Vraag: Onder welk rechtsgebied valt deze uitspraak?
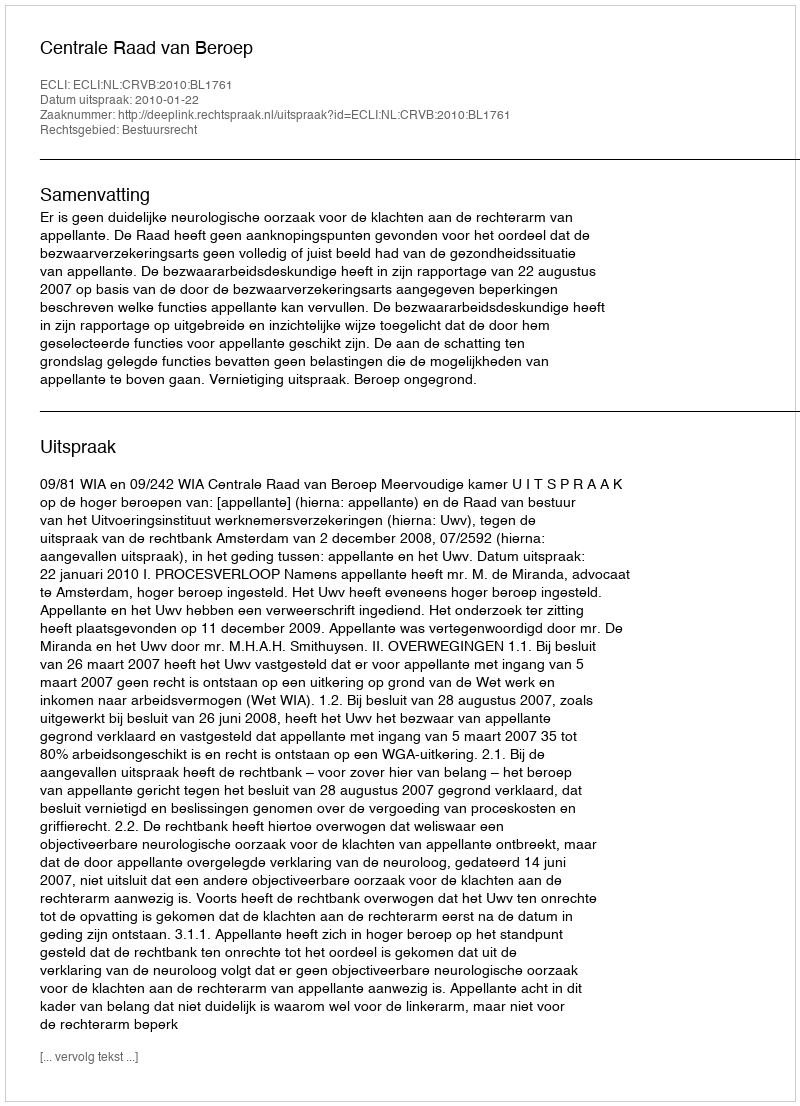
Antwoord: Bestuursrecht